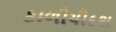
કાળીચૌદશ